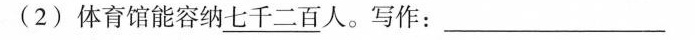
(2)体育馆能容纳\underline{七千二百}人。写作：___